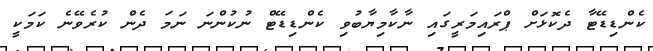
ކެންޑިޑޭޓާ ދެކޮޅަށް ޕްރައިމަރީގައި ނާކާމިޔާބުވި ކެންޑިޑޭޓް ނުކުންނަ ނަމަ ދެން ކުރެވޭނެ ކަމަކީ